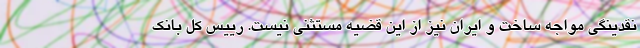
نقدینگی مواجه ساخت و ایران نیز از این قضیه مستثنی نیست. رییس کل بانک